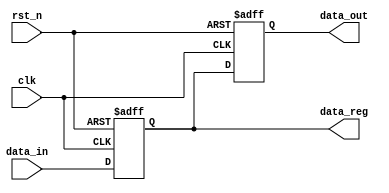
module BehavioralModel(
    input wire clk,
    input wire rst_n,
    input wire [3:0] data_in,
    output reg [3:0] data_out,
    output reg [3:0] data_reg
);

// Task to update the registers based on the inputs
task update_registers;
    input [3:0] in_data;
    begin
        data_reg <= in_data;   // Non-blocking assignment to update the register
        data_out <= data_reg;  // Non-blocking assignment for output (reflects the latest reg value)
    end
endtask

// Always block that is sensitive to the clock and reset signals
always @(posedge clk or negedge rst_n) begin
    if (!rst_n) begin
        data_reg <= 4'b0000;  // Initialize the register to zero on reset
        data_out <= 4'b0000;  // Initialize output to zero on reset
    end else begin
        update_registers(data_in);  // Call the task to update registers
    end
end

endmodule